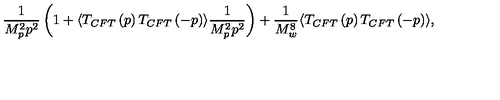
\frac { 1 } { M _ { p } ^ { 2 } p ^ { 2 } } \left( 1 + \langle T _ { C F T } \left( p \right) T _ { C F T } \left( - p \right) \rangle \frac { 1 } { M _ { p } ^ { 2 } p ^ { 2 } } \right) + \frac { 1 } { M _ { w } ^ { 8 } } \langle T _ { C F T } \left( p \right) T _ { C F T } \left( - p \right) \rangle ,